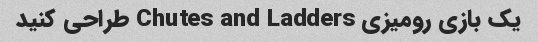
یک بازی رومیزی Chutes and Ladders طراحی کنید